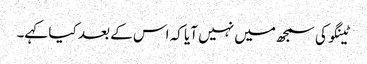
ٹینگو کی سمجھ میں نہیں آیا کہ اس کے بعد کیا کہے۔